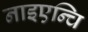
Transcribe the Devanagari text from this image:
नाइएन्चि